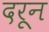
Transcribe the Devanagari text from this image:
दरून